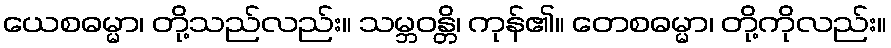
ယေစဓမ္မာ၊ တို့သည်လည်း။ သမ္ဘဝန္တိ၊ ကုန်၏။ တေစဓမ္မာ၊ တို့ကိုလည်း။